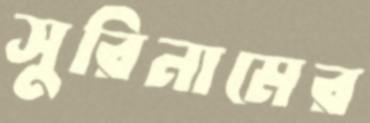
সুরিনামের